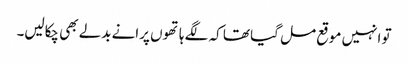
تو انہیں موقع مل گیا تھا کہ لگے ہاتھوں پرانے بدلے بھی چکالیں۔